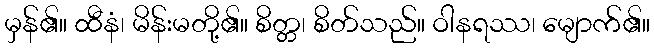
မှန်၏။ ထီနံ၊ မိန်းမတို့၏။ စိတ္တ၊ စိတ်သည်။ ဝါနရဿ၊ မျောက်၏။